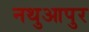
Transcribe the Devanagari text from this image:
नथुआपुर